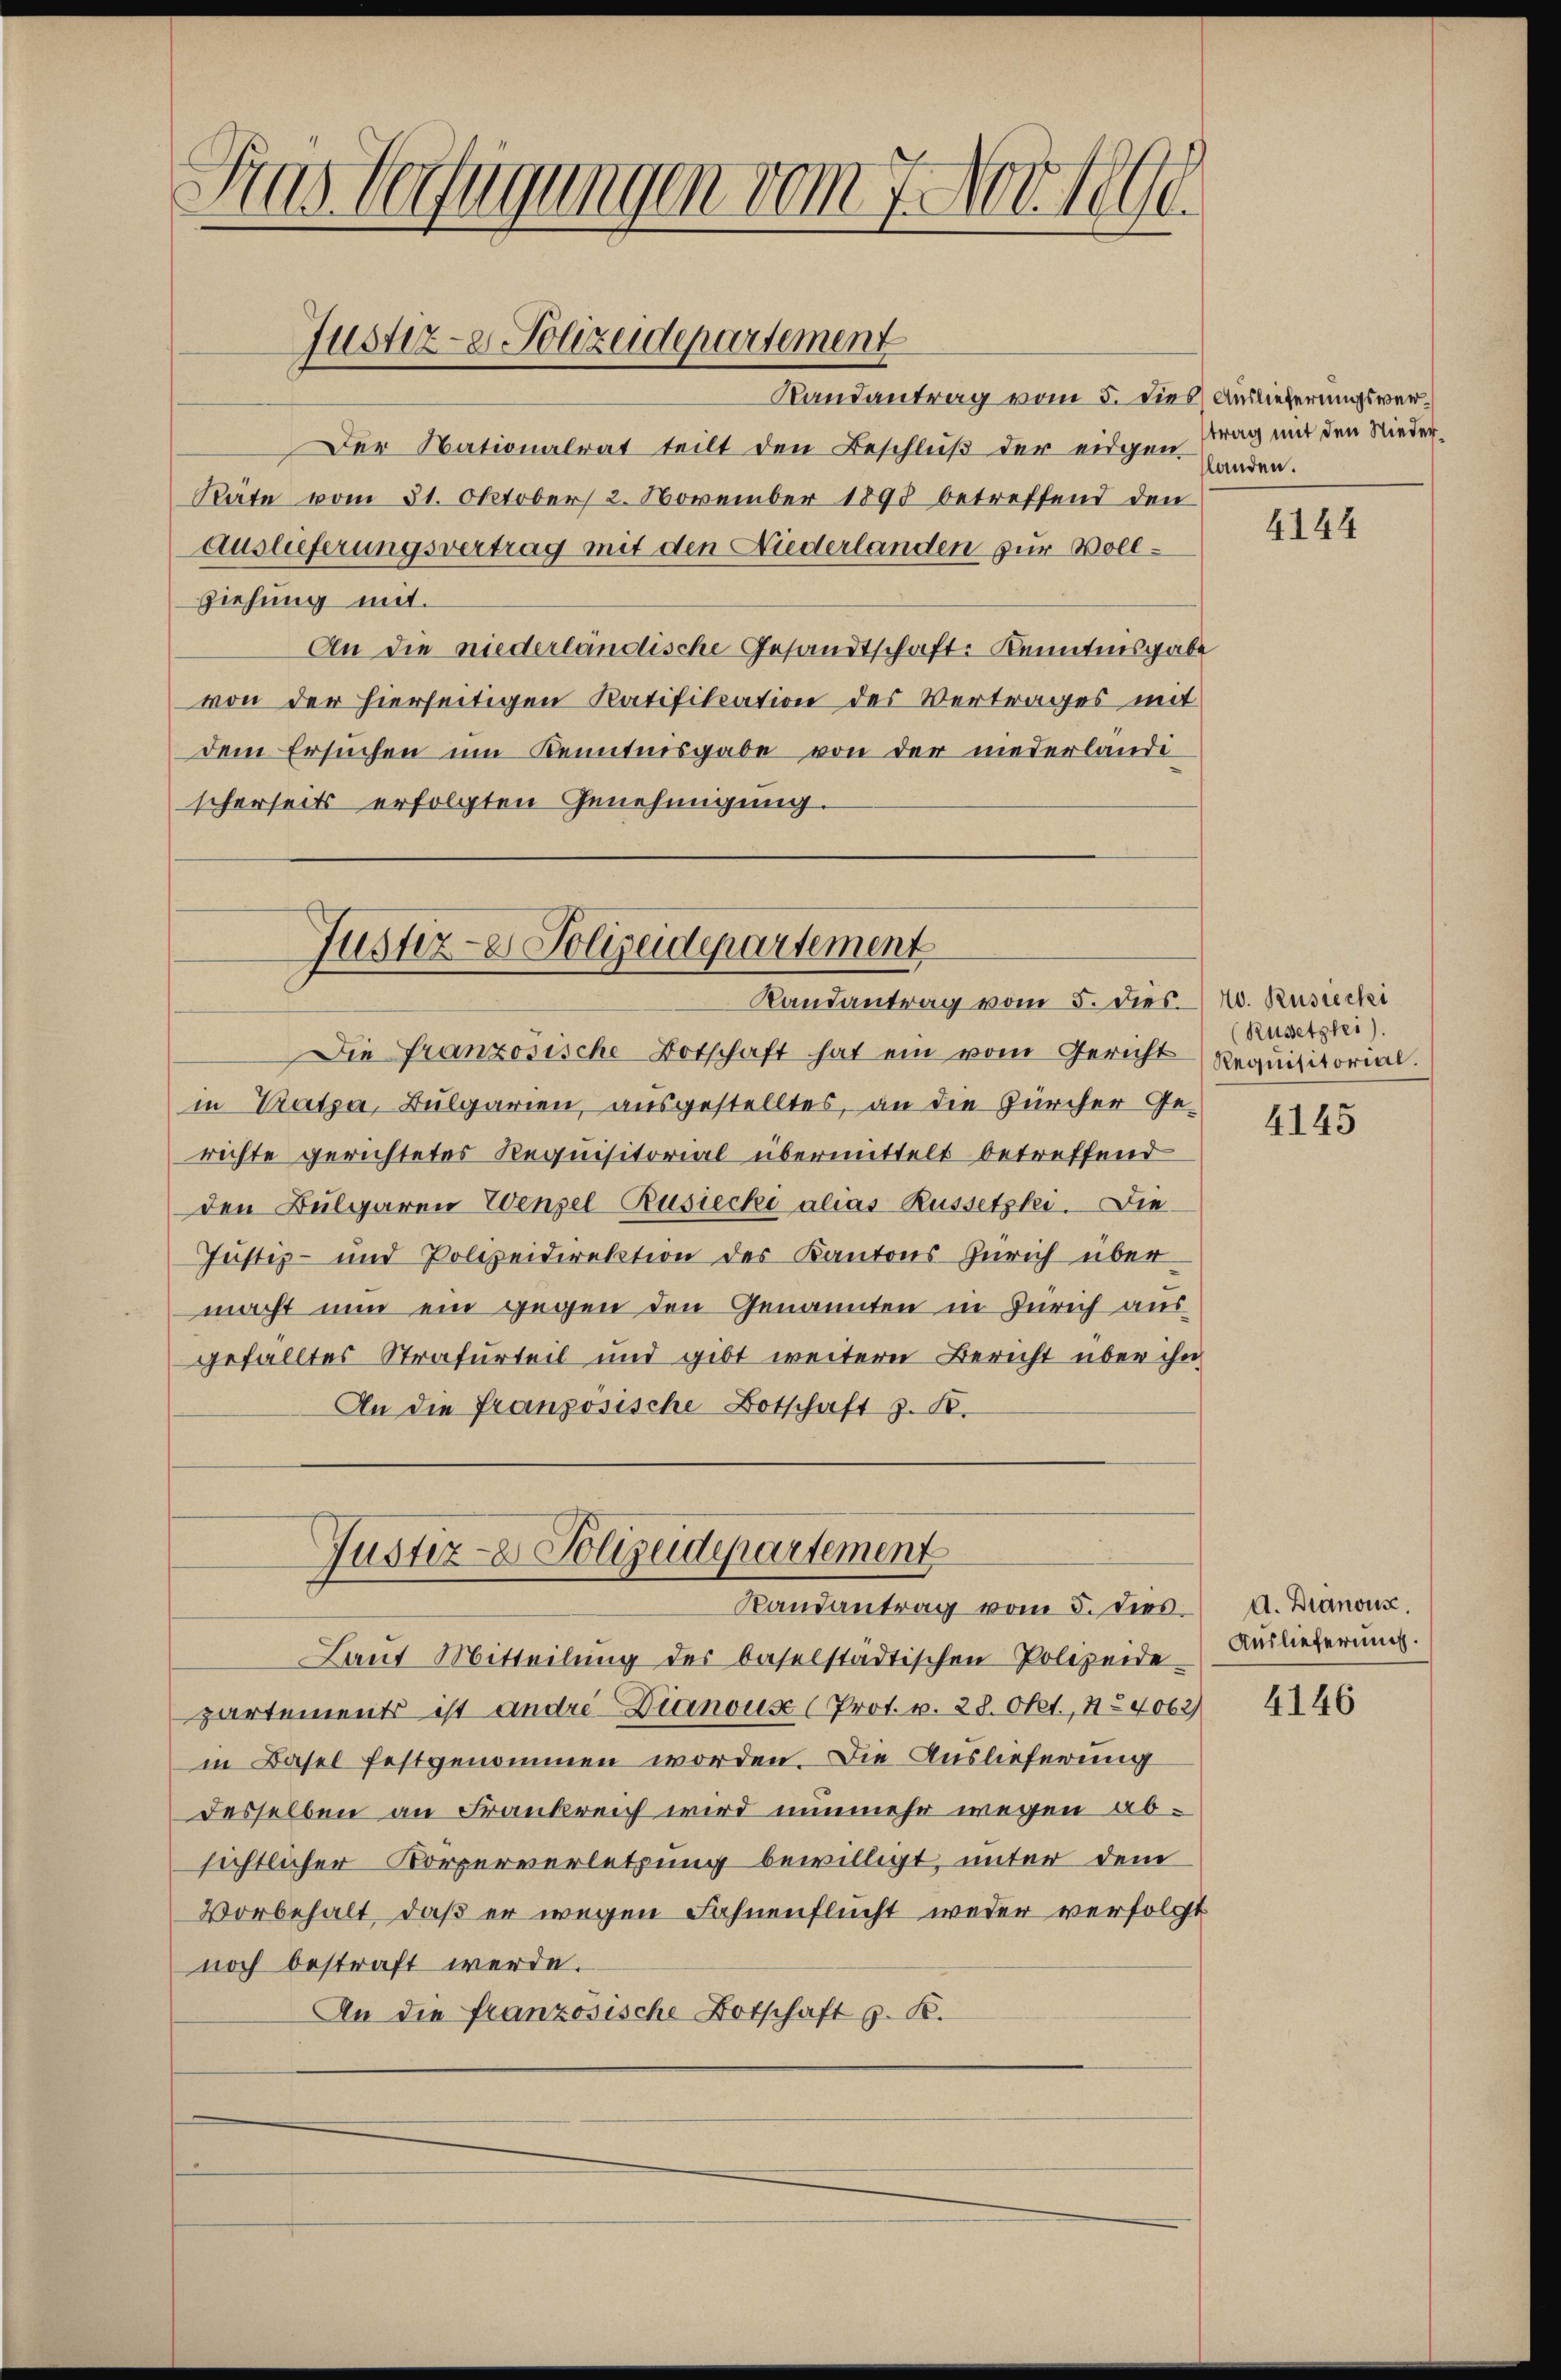
si
das Verfügungen vom 7. Nov. 1891

Randantrag vom 5. dies Auslieferungsver¬
Der Nationalrat teilt den Beschluß der eigen. Handen.
Rate vom 31. Oktober 2. November 1898 betreffend den
Auslieferungsvertrag mit den Niederlanden zur Vollziehung mit.
An die niederländische Gesandtschaft Kenntnisgabe
von der hierseitigen Ratifikation des Vertrages mit
dem Ersuchen um Kenntnisgabe von der niederlande
scherseits erfolgten Genehmigung.

Justiz- & Polizeidepartement

Justiz- & Polizeidepartement
Randantrag vom 5. dies

Die Französische Botschaft hat ein vom Gericht
in Trata, Bulgarien, ausgestelltes, an die Zürcher Ge-
richte gerichtetes Requisitorial übermittelt betreffend
den Bulgaren Wenzel-Busiecki alias Russetzko. Die
Justiz- und Polizeidirektion des Kantons Zürich übermacht nun ein gegen den Genannten in Zürich aus
gefälltes Strafurteil und gibt weitern Bericht über ihn
An die französische Botschaft z. B.
Justiz- & Polizeidepartement
Randantrag vom 5. dies
Laut Mitteilŭng der baselstädtischen Polizeide-
zartements ist andre-Dianous (Prot. v. 28. Okt., 11. 4062)
in Basel festgenommen worden. Die Auslieferung
desselben an Frankreich wird nunmehr wegen absichtlicher Körperverletzung bewilligt, unter dem
Vorbehalt, daß er wegen Fahnenflucht weder verfolgt
noch bestraft werde.
An die französische Botschaft z. B.

trag mit den Nieder¬

4144

40. Rusiechi
(Russetzlei).
Requisitorial.

4145

A. Branons.
Auslieferung.

4146